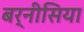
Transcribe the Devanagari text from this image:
बर्नीसिया